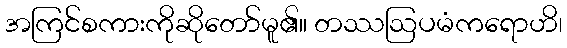
အကြင်စကားကိုဆိုတော်မူ၏။ တဿဩပမံကရောဟိ၊